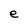
Character: e